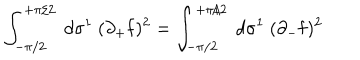
\int _ { - \pi / 2 } ^ { + \pi / 2 } ~ d \sigma ^ { 1 } ~ ( \partial _ { + } { \bf f } ) ^ { 2 } = \int _ { - \pi / 2 } ^ { + \pi / 2 } ~ d \sigma ^ { 1 } ~ ( \partial _ { - } { \bf f } ) ^ { 2 }